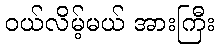
ဝယ်လိမ့်မယ် အားကြီး